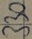
Text: 330